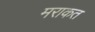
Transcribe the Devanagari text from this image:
मराकत